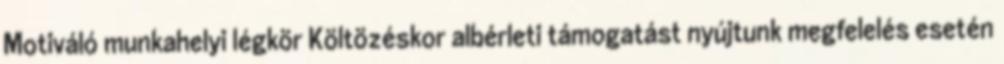
Motiváló munkahelyi légkör Költözéskor albérleti támogatást nyújtunk megfelelés esetén